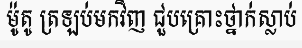
ម៉ូតូ ត្រឡប់មកវិញ ជួបគ្រោះថ្នាក់ស្លាប់